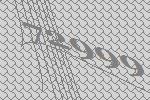
72999